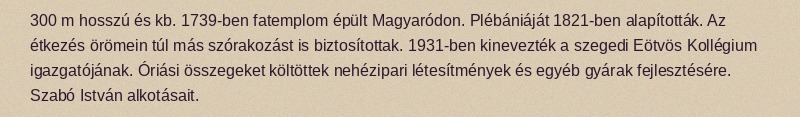
300 m hosszú és kb. 1739-ben fatemplom épült Magyaródon. Plébániáját 1821-ben alapították. Az étkezés örömein túl más szórakozást is biztosítottak. 1931-ben kinevezték a szegedi Eötvös Kollégium igazgatójának. Óriási összegeket költöttek nehézipari létesítmények és egyéb gyárak fejlesztésére. Szabó István alkotásait.